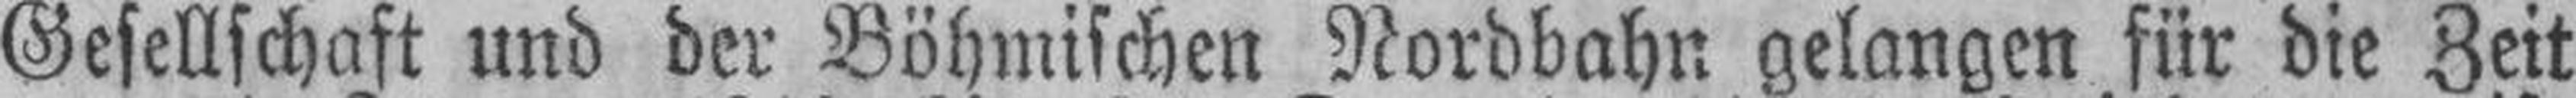
Gesellschaft und der Böhmischen Nordbahn gelangen für die Zeit